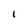
Character: 1